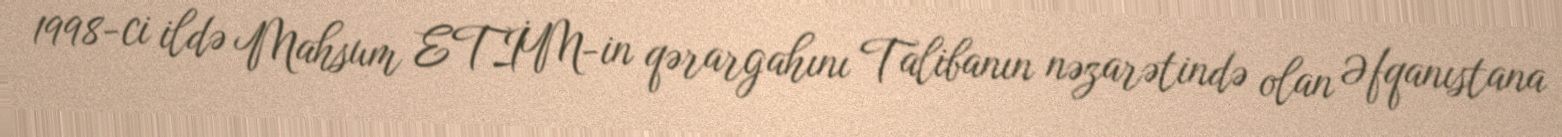
1998-ci ildə Mahsum ETİM-in qərargahını Talibanın nəzarətində olan Əfqanıstana